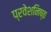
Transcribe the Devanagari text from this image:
प्रवेशनिष्ठ